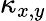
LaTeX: \kappa_{x,y}